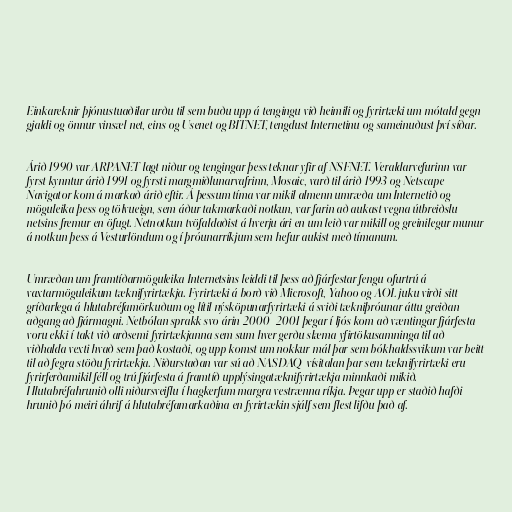
Einkareknir þjónustuaðilar urðu til sem buðu upp á tengingu við heimili og fyrirtæki um mótald gegn
gjaldi og önnur vinsæl net, eins og Usenet og BITNET, tengdust Internetinu og sameinuðust því síðar.

Árið 1990 var ARPANET lagt niður og tengingar þess teknar yfir af NSFNET. Veraldarvefurinn var
fyrst kynntur árið 1991 og fyrsti margmiðlunarvafrinn, Mosaic, varð til árið 1993 og Netscape
Navigator kom á markað árið eftir. Á þessum tíma var mikil almenn umræða um Internetið og
möguleika þess og tölvueign, sem áður takmarkaði notkun, var farin að aukast vegna útbreiðslu
netsins fremur en öfugt. Netnotkun tvöfaldaðist á hverju ári en um leið var mikill og greinilegur munur
á notkun þess á Vesturlöndum og í þróunarríkjum sem hefur aukist með tímanum.

Umræðan um framtíðarmöguleika Internetsins leiddi til þess að fjárfestar fengu ofurtrú á
vaxtarmöguleikum tæknifyrirtækja. Fyrirtæki á borð við Microsoft, Yahoo og AOL juku virði sitt
gríðarlega á hlutabréfamörkuðum og lítil nýsköpunarfyrirtæki á sviði tækniþróunar áttu greiðan
aðgang að fjármagni. Netbólan sprakk svo árin 2000–2001 þegar í ljós kom að væntingar fjárfesta
voru ekki í takt við arðsemi fyrirtækjanna sem sum hver gerðu slæma yfirtökusamninga til að
viðhalda vexti hvað sem það kostaði, og upp komst um nokkur mál þar sem bókhaldssvikum var beitt
til að fegra stöðu fyrirtækja. Niðurstaðan var sú að NASDAQ-vísitalan þar sem tæknifyrirtæki eru
fyrirferðamikil féll og trú fjárfesta á framtíð upplýsingatæknifyrirtækja minnkaði mikið.
Hlutabréfahrunið olli niðursveiflu í hagkerfum margra vestrænna ríkja. Þegar upp er staðið hafði
hrunið þó meiri áhrif á hlutabréfamarkaðina en fyrirtækin sjálf sem flest lifðu það af.